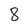
Character: 8